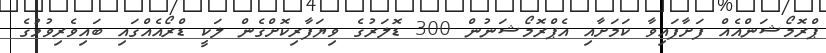
ޕްރޮމޯޝަންއެއް ފަށާފައިވާ ކަމަށާއި އެޕްރޮމޯޝަނުން 300 ޑޮލަރުގެ ވިޔަފާރިކޮށްގެން ލަކީ ޑްރޯއެއްގައި ބައިވެރިވުމުގެ